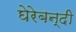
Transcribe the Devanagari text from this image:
घेरेबन्दी